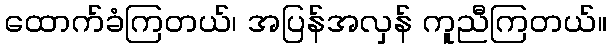
ထောက်ခံကြတယ်၊ အပြန်အလှန် ကူညီကြတယ်။